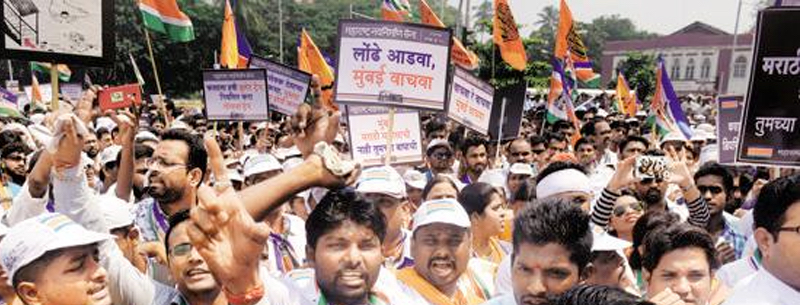
Language: marathi
Transcription: लोंढे मुंबई वाचवा